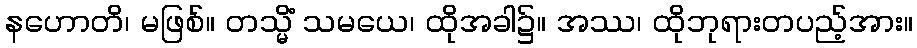
နဟောတိ၊ မဖြစ်။ တသ္မိံ သမယေ၊ ထိုအခါ၌။ အဿ၊ ထိုဘုရားတပည့်အား။